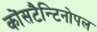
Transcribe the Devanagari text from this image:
कोंसटैन्टिनोपल